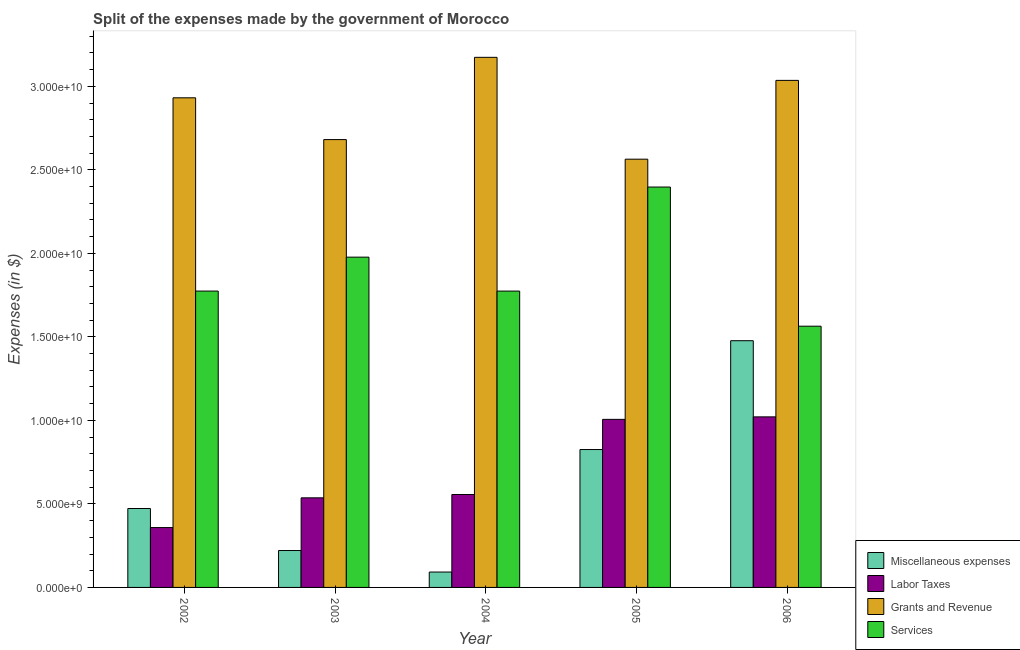
| Year | Miscellaneous expenses | Labor Taxes | Grants and Revenue | Services |
 | --- | --- | --- | --- | --- |
 | 2002 | 4.72e+09 | 3.58e+09 | 2.93e+10 | 1.77e+10 |
 | 2003 | 2.21e+09 | 5.36e+09 | 2.68e+10 | 1.98e+10 |
 | 2004 | 9.22e+08 | 5.56e+09 | 3.17e+10 | 1.77e+10 |
 | 2005 | 8.26e+09 | 1.01e+10 | 2.56e+10 | 2.4e+10 |
 | 2006 | 1.48e+10 | 1.02e+10 | 3.04e+10 | 1.56e+10 |